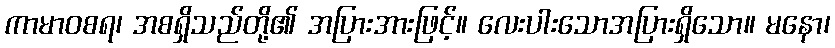
ကာမာဝစရ၊ အစရှိသည်တို့၏ အပြားအားဖြင့်။ လေးပါးသောအပြားရှိသော။ မနော၊